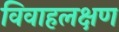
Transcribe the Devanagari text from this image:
विवाहलक्षण